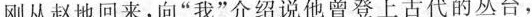
刚从赵地回来，向”我”介绍说他曾登上古代的丛台，